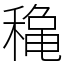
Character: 𥡌